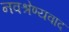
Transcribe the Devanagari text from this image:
नवश्रेण्यवाद